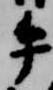
午